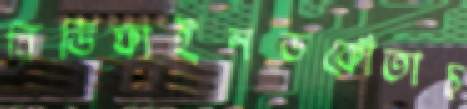
রিডিফাইনডকোঁতাচ্